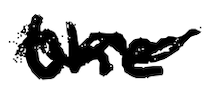
Text: the
Cross-out: wave
Writing tool: digital_black